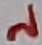
Text: 2